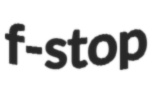
f-stop